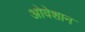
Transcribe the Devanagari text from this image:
ओवेशान